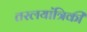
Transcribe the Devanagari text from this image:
तरलयांत्रिकी